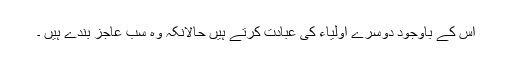
اس کے باوجود دوسرے اولیاء کی عبادت کرتے ہیں حالانکہ وہ سب عاجز بندے ہیں ۔